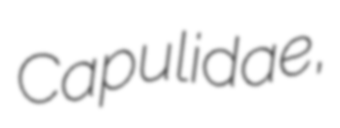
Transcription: Capulidae,